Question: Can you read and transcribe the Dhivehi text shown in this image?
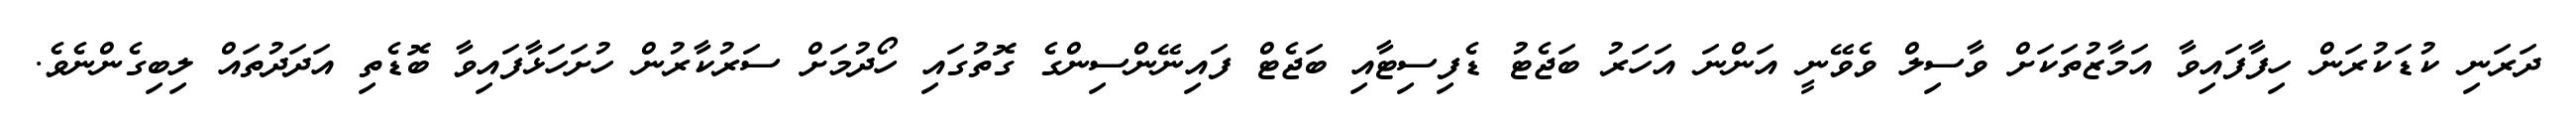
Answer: ދަރަނި ކުޑަކުރަން ހިފާފައިވާ އަމާޒުތަކަށް ވާސިލް ވެވޭނީ އަންނަ އަހަރު ބަޖެޓު ޑެފިސިޓާއި ބަޖެޓް ފައިނޭންސިންގެ ގޮތުގައި ހޯދުމަށް ސަރުކާރުން ހުށަހަޅާފައިވާ ބޮޑެތި އަދަދުތައް ލިބިގެންނެވެ.